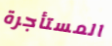
المستأجرة